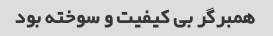
همبرگر بی کیفیت و سوخته بود